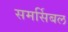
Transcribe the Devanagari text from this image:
समर्सिबल